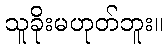
သူခိုးမဟုတ်ဘူး။